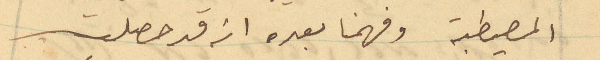
المصيطبة وفهمنا بعده انه قد حصلت